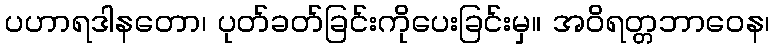
ပဟာရဒါနတော၊ ပုတ်ခတ်ခြင်းကိုပေးခြင်းမှ။ အဝိရတ္တဘာဝေန၊